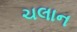
ચલાન